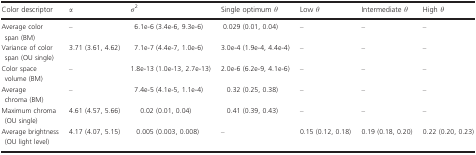
| Color descriptor | α | σ2 | Single optimum θ | Low θ | Intermediate θ | High θ |
 | --- | --- | --- | --- | --- | --- | --- |
 | Average color span (BM) | – | 6.1e‐6 (3.4e‐6, 9.3e‐6) | 0.029 (0.01, 0.04) | – | – | – |
 | Variance of color span (OU single) | 3.71 (3.61, 4.62) | 7.1e‐7 (4.4e‐7, 1.0e‐6) | 3.0e‐4 (1.9e‐4, 4.4e‐4) | – | – | – |
 | Color space volume (BM) | – | 1.8e‐13 (1.0e‐13, 2.7e‐13) | 2.0e‐6 (6.2e‐9, 4.1e‐6) | – | – | – |
 | Average chroma (BM) | – | 7.4e‐5 (4.1e‐5, 1.1e‐4) | 0.32 (0.25, 0.38) | – | – | – |
 | Maximum chroma (OU single) | 4.61 (4.57, 5.66) | 0.02 (0.01, 0.04) | 0.41 (0.39, 0.43) | – | – | – |
 | Average brightness (OU light level) | 4.17 (4.07, 5.15) | 0.005 (0.003, 0.008) | – | 0.15 (0.12, 0.18) | 0.19 (0.18, 0.20) | 0.22 (0.20, 0.23) |